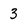
Character: 3